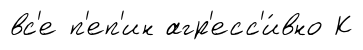
вс'е п'еп'ин агр'есс'и́вно К